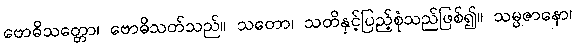
ဗောဓိသတ္တော၊ ဗောဓိသတ်သည်။ သတော၊ သတိနှင့်ပြည့်စုံသည်ဖြစ်၍။ သမ္ပဇာနော၊